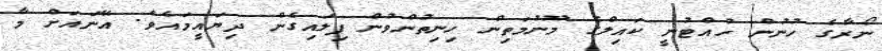
ނޯރާގެ ހުނުން ހުއްޓުނީ ކައިލްގެ މޫނުމަތިން ހިނިތުންވުން ފިލައިގެން ދިޔައީމައެވެ. އޭނައަށް މާ